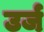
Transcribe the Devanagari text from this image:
उर्ज